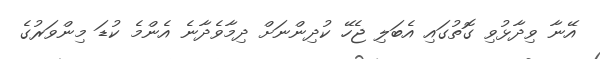
އޭނާ ވިދާޅުވި ގޮތުގައި އެބަލި ޖެހޭ ކުދިންނަށް ދިމާވެދާނެ އެންމެ ކުޑަ މިންވަރުގެ